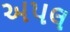
અપલ